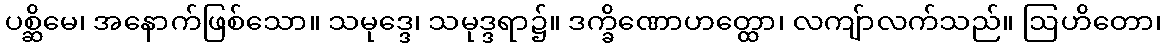
ပစ္ဆိမေ၊ အနောက်ဖြစ်သော။ သမုဒ္ဒေ၊ သမုဒ္ဒရာ၌။ ဒက္ခိဏောဟတ္ထော၊ လကျ်ာလက်သည်။ ဩဟိတော၊